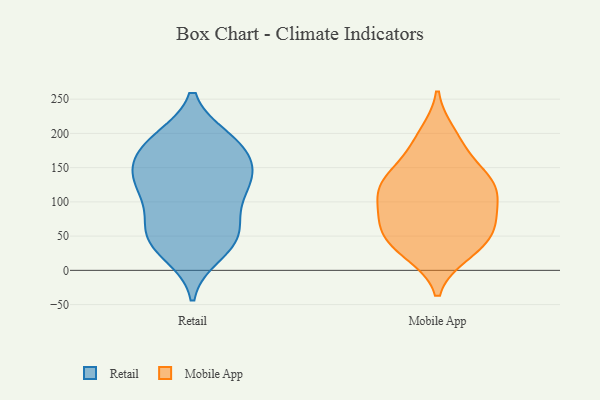
{"axis": {"x": "Churn Rate (%)", "y": "Value"}, "legend": ["Mobile App", "Retail"], "data": [{"x": "", "y": 141, "type": "Retail"}, {"x": "", "y": 188, "type": "Retail"}, {"x": "", "y": 71, "type": "Retail"}, {"x": "", "y": 131, "type": "Retail"}, {"x": "", "y": 184, "type": "Retail"}, {"x": "", "y": 164, "type": "Retail"}, {"x": "", "y": 191, "type": "Retail"}, {"x": "", "y": 106, "type": "Retail"}, {"x": "", "y": 38, "type": "Retail"}, {"x": "", "y": 43, "type": "Retail"}, {"x": "", "y": 135, "type": "Retail"}, {"x": "", "y": 93, "type": "Retail"}, {"x": "", "y": 49, "type": "Retail"}, {"x": "", "y": 186, "type": "Retail"}, {"x": "", "y": 128, "type": "Retail"}, {"x": "", "y": 144, "type": "Retail"}, {"x": "", "y": 24, "type": "Retail"}, {"x": "", "y": 55, "type": "Retail"}, {"x": "", "y": 128, "type": "Mobile App"}, {"x": "", "y": 89, "type": "Mobile App"}, {"x": "", "y": 117, "type": "Mobile App"}, {"x": "", "y": 178, "type": "Mobile App"}, {"x": "", "y": 30, "type": "Mobile App"}, {"x": "", "y": 143, "type": "Mobile App"}, {"x": "", "y": 63, "type": "Mobile App"}, {"x": "", "y": 25, "type": "Mobile App"}, {"x": "", "y": 127, "type": "Mobile App"}, {"x": "", "y": 61, "type": "Mobile App"}, {"x": "", "y": 116, "type": "Mobile App"}, {"x": "", "y": 46, "type": "Mobile App"}, {"x": "", "y": 199, "type": "Mobile App"}, {"x": "", "y": 78, "type": "Mobile App"}]}